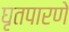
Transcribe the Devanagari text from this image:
घृतपारणे